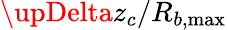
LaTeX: \upDelta z_{c}/R_{b,\operatorname*{max}}